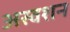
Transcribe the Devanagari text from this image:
अस्वशन